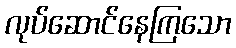
လုပ်ဆောင်နေကြသော